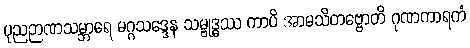
ပုညဉာဏသမ္ဘာရေ မဂ္ဂသဒ္ဒေန သမ္ဗုဒ္ဓဿ ကာပိ အာမသိတဗ္ဗောတိ ဂုဏကာရကံ